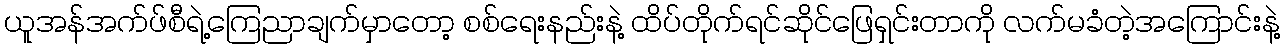
ယူအန်အက်ဖ်စီရဲ့ကြေညာချက်မှာတော့ စစ်ရေးနည်းနဲ့ ထိပ်တိုက်ရင်ဆိုင်ဖြေရှင်းတာကို လက်မခံတဲ့အကြောင်းနဲ့